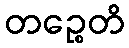
တဉ္စေတိ